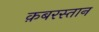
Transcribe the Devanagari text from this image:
क़बरस्तान